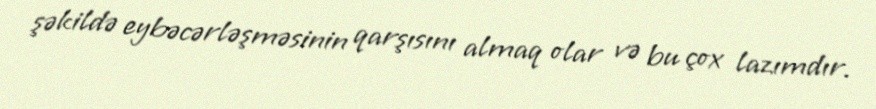
şəkildə eybəcərləşməsinin qarşısını almaq olar və bu çox lazımdır.